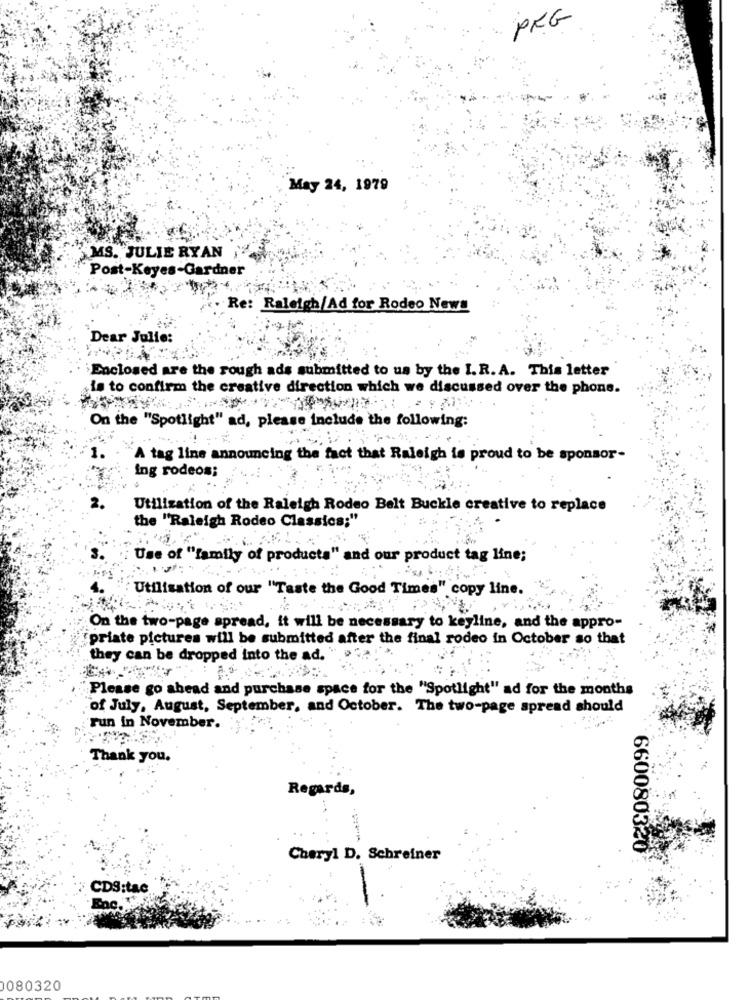
PKG
May 24, 1979
MS. JULIE RYAN
Post-Keyes-Gardner
. Re: Raleigh/Ad for Rodeo News
Dear Julie:
Enclosed are the rough ads submitted to us by the I.R. A. This letter
is to confirm the creative direction which we discussed over the phone.
On the "Spotlight" ad, please include the following:
A tag line announcing the fact that Raleigh is proud to be sponsor-
ing rodeos;
Utilization of the Raleigh Rodeo Belt Buckle creative to replace
the "Raleigh Rodeo Classics;"
Use of "family of products" and our product tag line;
Utilisation of our "Taste the Good Times" copy line.
On the two-page spread, it will be necessary to keyline, and the appro-
ipriate pictures will be submitted after the final rodeo in October so that
they can be dropped into the ad.
Please go ahead and purchase space for the "Spotlight" ad for the months
of July, August, September, and October. The two-page spread should
run in November.
Thank you.
Regards,
660080320
Cheryl D. Schreiner
CDS:tac
0080320